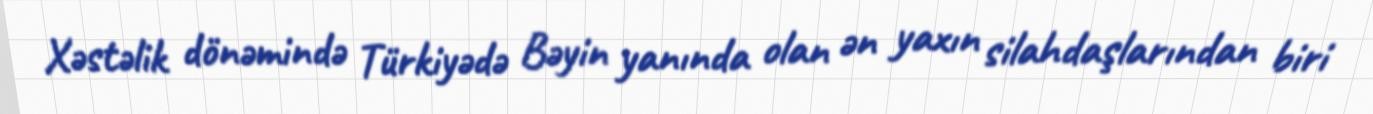
Xəstəlik dönəmində Türkiyədə Bəyin yanında olan ən yaxın silahdaşlarından biri